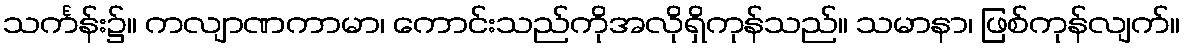
သင်္ကန်း၌။ ကလျာဏကာမာ၊ ကောင်းသည်ကိုအလိုရှိကုန်သည်။ သမာနာ၊ ဖြစ်ကုန်လျက်။